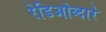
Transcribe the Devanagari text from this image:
रेडिओव्दारे